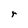
Character: r